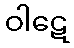
ဝါဋေ